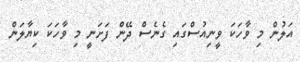
އަލުން މި ވާހަކަ ވީނިއުސްގައި ގެނެސް ދޭން ފަށަނީ މި ވާހަކަ ކިޔާލަން